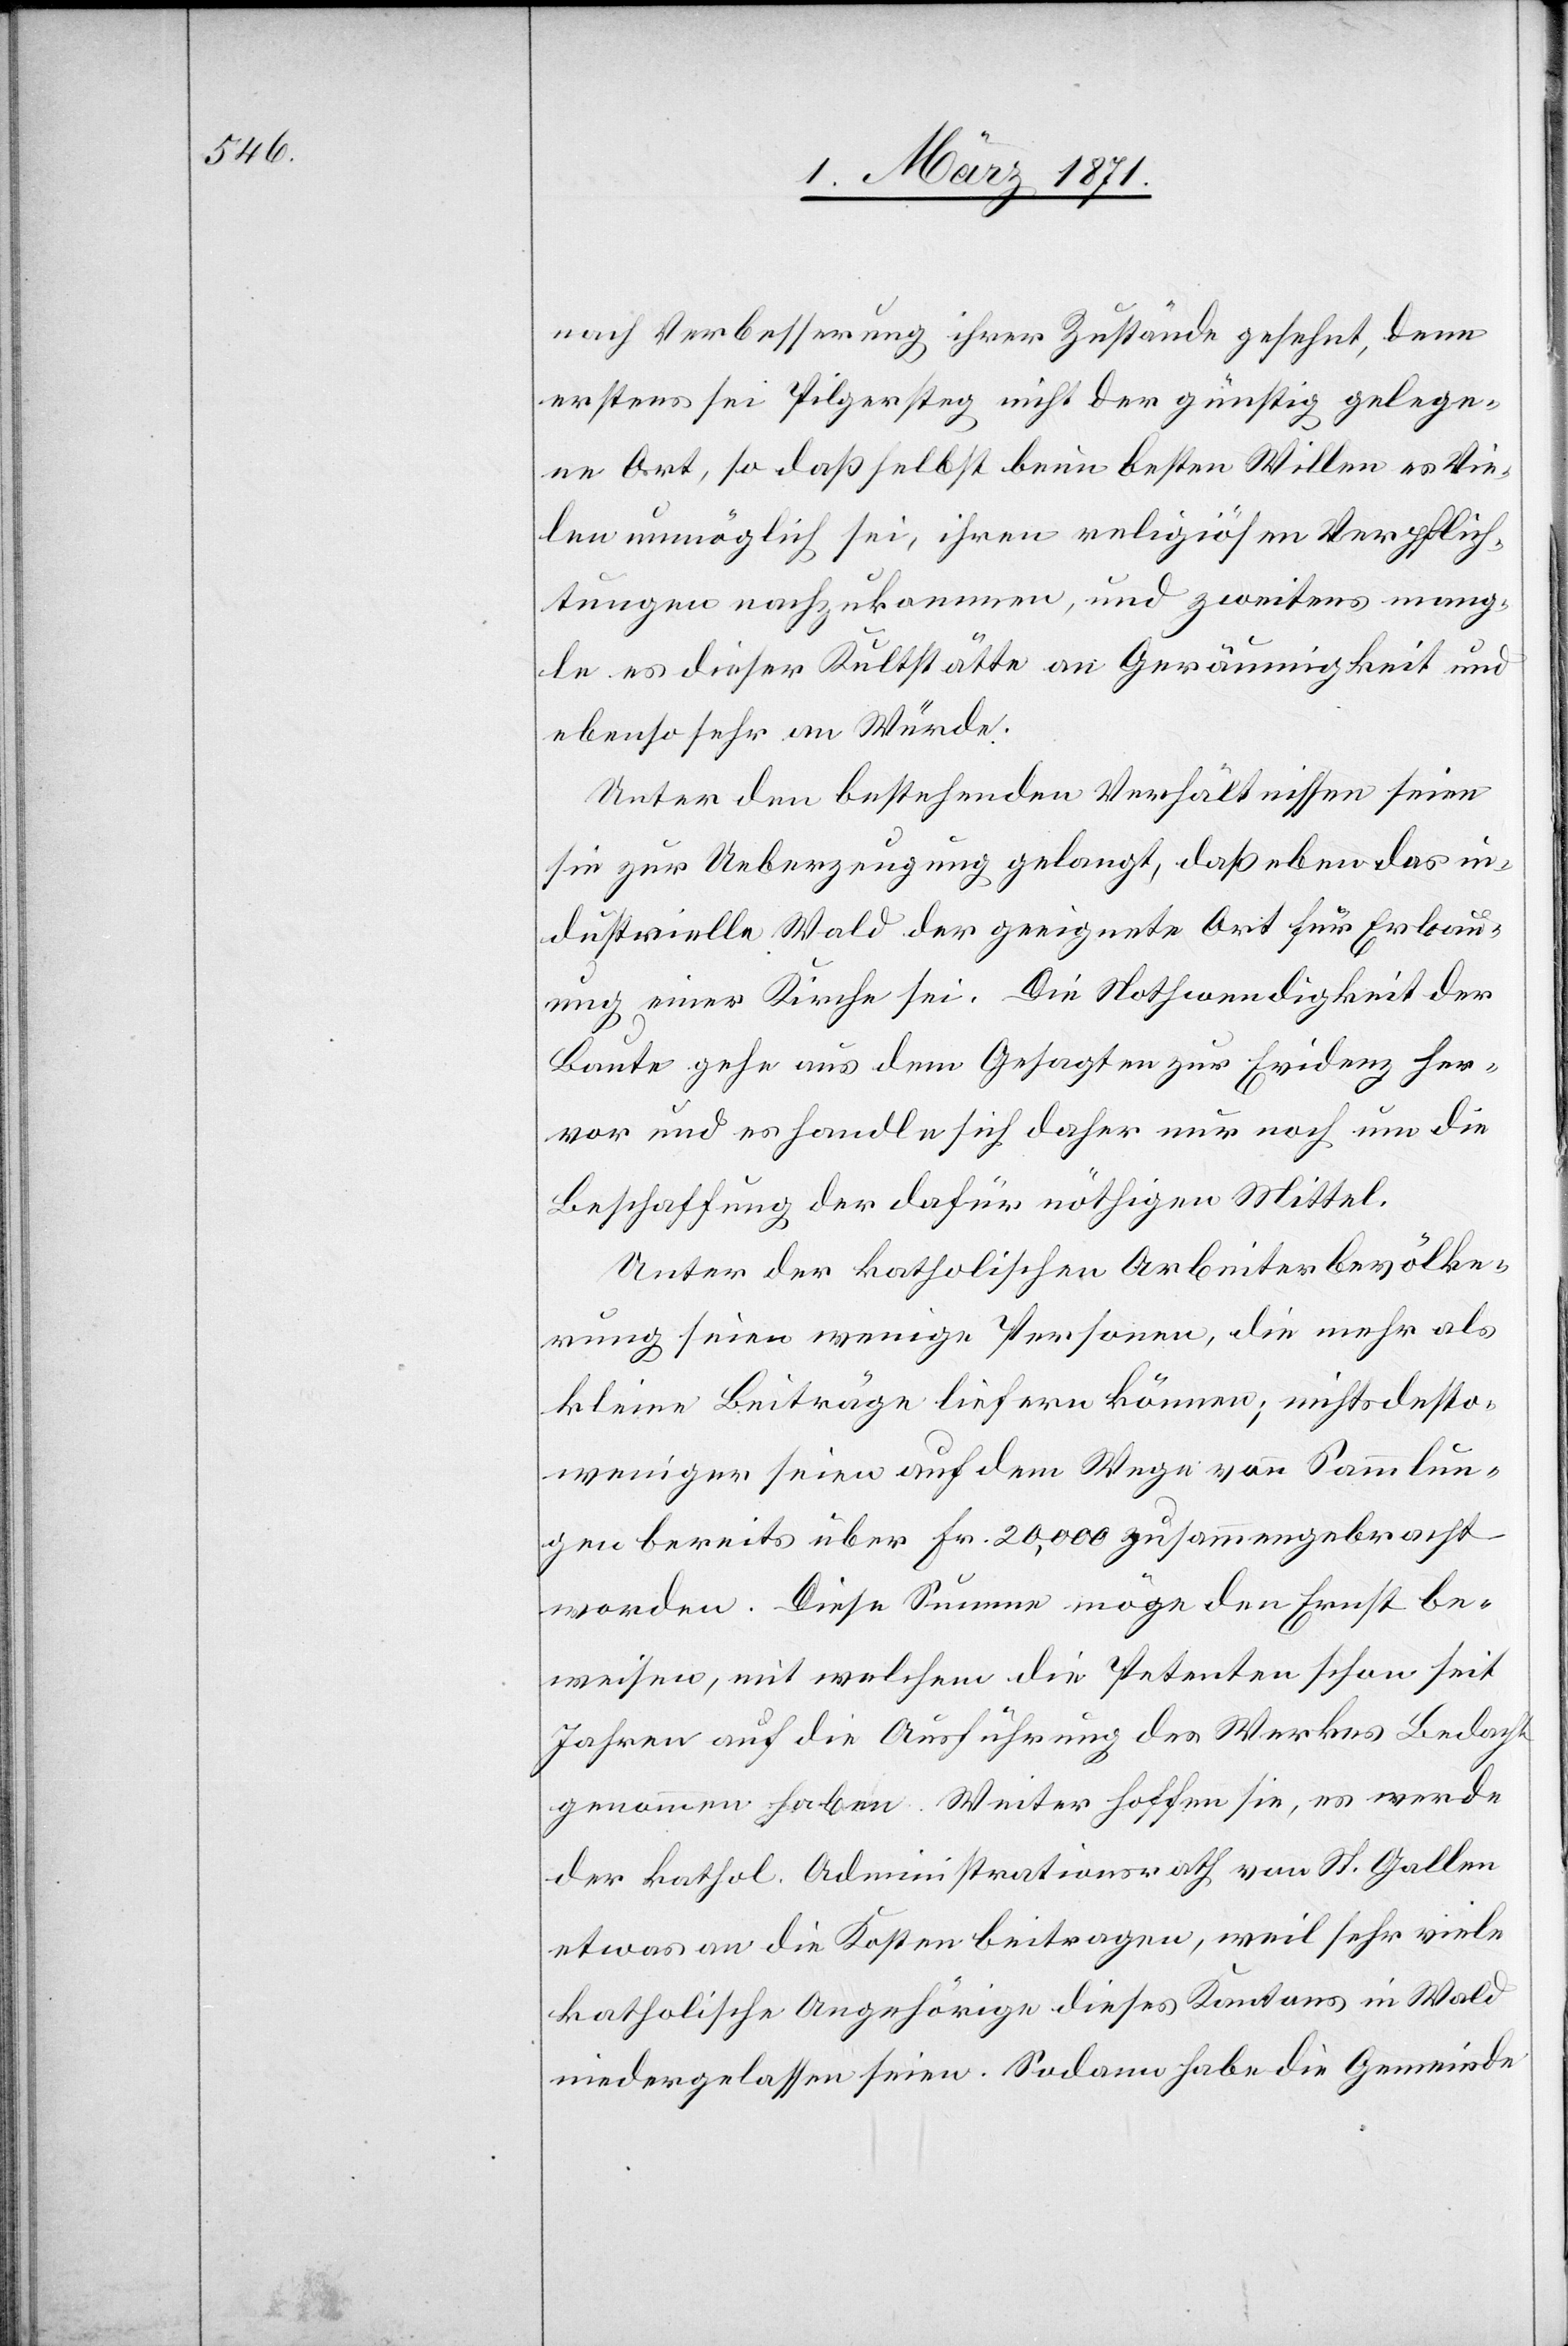
nach Verbesserung ihrer Zustände gesehnt, denn
erstens sei Pilgersteg nicht der günstig gelege¬
ne Ort, so daß selbst beim besten Willen es Vie¬
len unmöglich sei, ihren religiösen Verpflich¬
tungen nachzukommen, und zweitens mang¬
le es dieser Kultstätte an Geräumigkeit und
ebenso sehr an Würde.
Unter den bestehenden Verhältnissen seien
sie zur Ueberzeugung gelangt, daß eben das in¬
dustrielle Wald der geeignete Ort für Erbau¬
ung einer Kirche sei. Die Nothwendigkeit der
Baute gehe aus dem Gesagten zur Evidenz her¬
vor und es handle sich daher nur noch um die
Beschaffung der dafür nöthigen Mittel.
Unter der katholischen Arbeiterbevölke¬
rung seien wenige Personen, die mehr als
kleine Beiträge liefern können, nichtsdesto¬
weniger seien auf dem Wege von Sammlun¬
gen bereits über Fr. 20,000 zusammengebracht
worden. Diese Summe möge den Ernst be¬
weisen, mit welchem die Petenten schon seit
Jahren auf die Ausführung des Werkes Bedacht
genommen haben. Weiter hoffen sie, es werde
der kathol. Administrationsrath von St. Gallen
etwas an die Kosten beitragen, weil sehr viele
katholische Angehörige dieses Kantons in Wald
niedergelassen seien. Sodann habe die Gemeinde